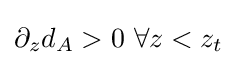
\partial _{z}d_{A}>0~\forall z<z_{t}